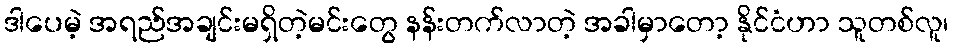
ဒါပေမဲ့ အရည်အချင်းမရှိတဲ့မင်းတွေ နန်းတက်လာတဲ့ အခါမှာတော့ နိုင်ငံဟာ သူတစ်လူ၊